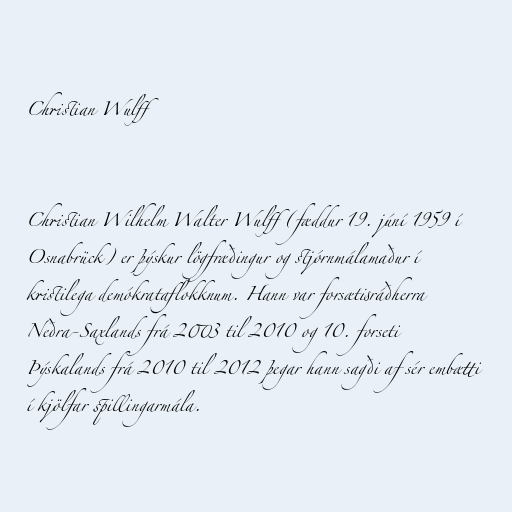
Christian Wulff

Christian Wilhelm Walter Wulff (fæddur 19. júní 1959 í
Osnabrück) er þýskur lögfræðingur og stjórnmálamaður í
kristilega demókrataflokknum. Hann var forsætisráðherra
Neðra-Saxlands frá 2003 til 2010 og 10. forseti
Þýskalands frá 2010 til 2012 þegar hann sagði af sér embætti
í kjölfar spillingarmála.